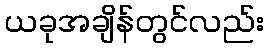
ယခုအချိန်တွင်လည်း